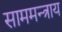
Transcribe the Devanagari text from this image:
साममन्त्राय